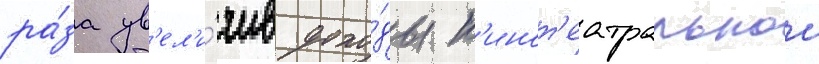
ра́за ув'ел'и́чив дохо́ды к'инот'еатральнои